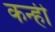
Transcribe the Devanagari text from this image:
कन्ही